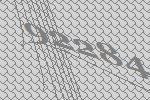
92284